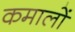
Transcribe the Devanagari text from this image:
कमालों